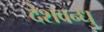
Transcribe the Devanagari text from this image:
देशवन्धु